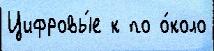
Цифровы́е к по о́коло